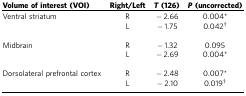
<table><thead><tr><td><b>Volume of interest (VOI)</b></td><td><b>Right/Left</b></td><td><b><i>T</i>(126)</b></td><td><b><i>P</i>(uncorrected)</b></td></tr></thead><tbody><tr><td>Ventral striatum</td><td>R</td><td>−2.66</td><td>0.004*</td></tr><tr><td> </td><td>L</td><td>−1.75</td><td>0.042†</td></tr><tr><td> </td><td> </td><td> </td><td> </td></tr><tr><td>Midbrain</td><td>R</td><td>−1.32</td><td>0.095</td></tr><tr><td> </td><td>L</td><td>−2.69</td><td>0.004*</td></tr><tr><td> </td><td> </td><td> </td><td> </td></tr><tr><td>Dorsolateral prefrontal cortex</td><td>R</td><td>−2.48</td><td>0.007*</td></tr><tr><td> </td><td>L</td><td>−2.10</td><td>0.019†</td></tr></tbody></table>